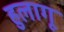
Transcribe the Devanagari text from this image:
हुलागू